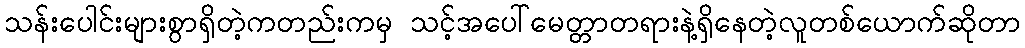
သန်းပေါင်းများစွာရှိတဲ့ကတည်းကမှ သင့်အပေါ်မေတ္တာတရားနဲ့ရှိနေတဲ့လူတစ်ယောက်ဆိုတာ